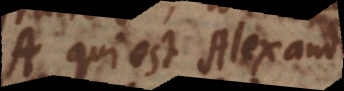
A qui est Alexander